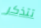
تتذكر